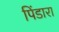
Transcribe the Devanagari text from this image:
पिंडारा